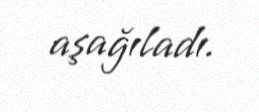
aşağıladı.